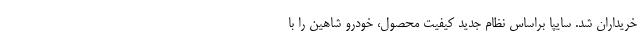
خريداران شد. سایپا براساس نظام جدید کیفیت محصول، خودرو شاهین را با